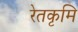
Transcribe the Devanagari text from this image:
रेतकृमि